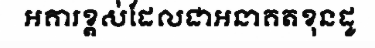
អគារខ្ពស់ដែលជាអនាគតខុនដូ